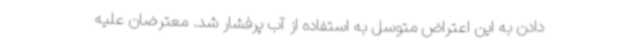
دادن به این اعتراض متوسل به استفاده از آب پرفشار شد. معترضان علیه